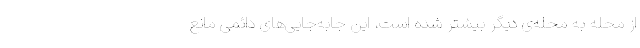
از محله به محله‌ی دیگر بیشتر شده است، این جابه‌جایی‌های دائمی مانع